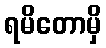
ရမိတောမှိ